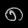
Digit: ၈